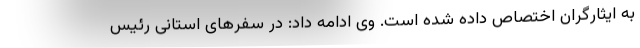
به ایثارگران اختصاص داده شده است. وی ادامه داد: در سفرهای استانی رئیس